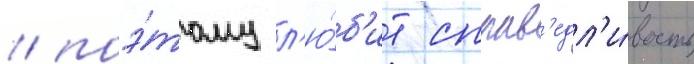
/ поэ́тому л'ю́б'ит справ'едл'и́вость